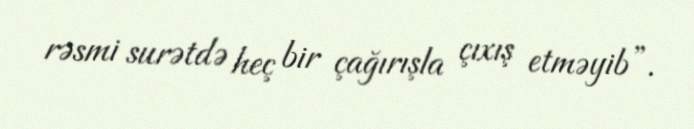
rəsmi surətdə heç bir çağırışla çıxış etməyib”.